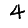
Digit: 4